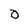
Character: 0